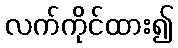
လက်ကိုင်ထား၍